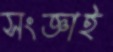
সংজ্ঞাই